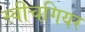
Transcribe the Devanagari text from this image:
स्वीचगियर